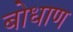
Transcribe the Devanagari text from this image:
बोधाण